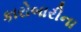
કારોબારીના